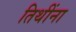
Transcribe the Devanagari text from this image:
तिथींना